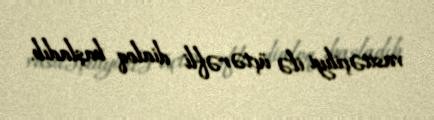
vasitəçiliyi ilə üçtərəfli dialoq başladıb.